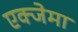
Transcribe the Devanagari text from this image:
एक्जेमा